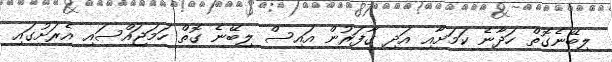
ލިބޭނެގޮތް ހަދާނެ ކަމަށާއި އަދި ގާފަރުން އައިސް ލިބޭނެ ގޮތް ހަމަޖައްސައި އެރަށުގައި